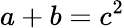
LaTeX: a+b=c^{2}